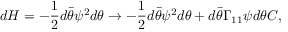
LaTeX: d { \cal H } = - { \frac { 1 } { 2 } } d \bar { \theta } \psi ^ { 2 } d \theta \rightarrow - { \frac { 1 } { 2 } } d \bar { \theta } \psi ^ { 2 } d \theta + d \bar { \theta } \Gamma _ { 1 1 } \psi d \theta C ,